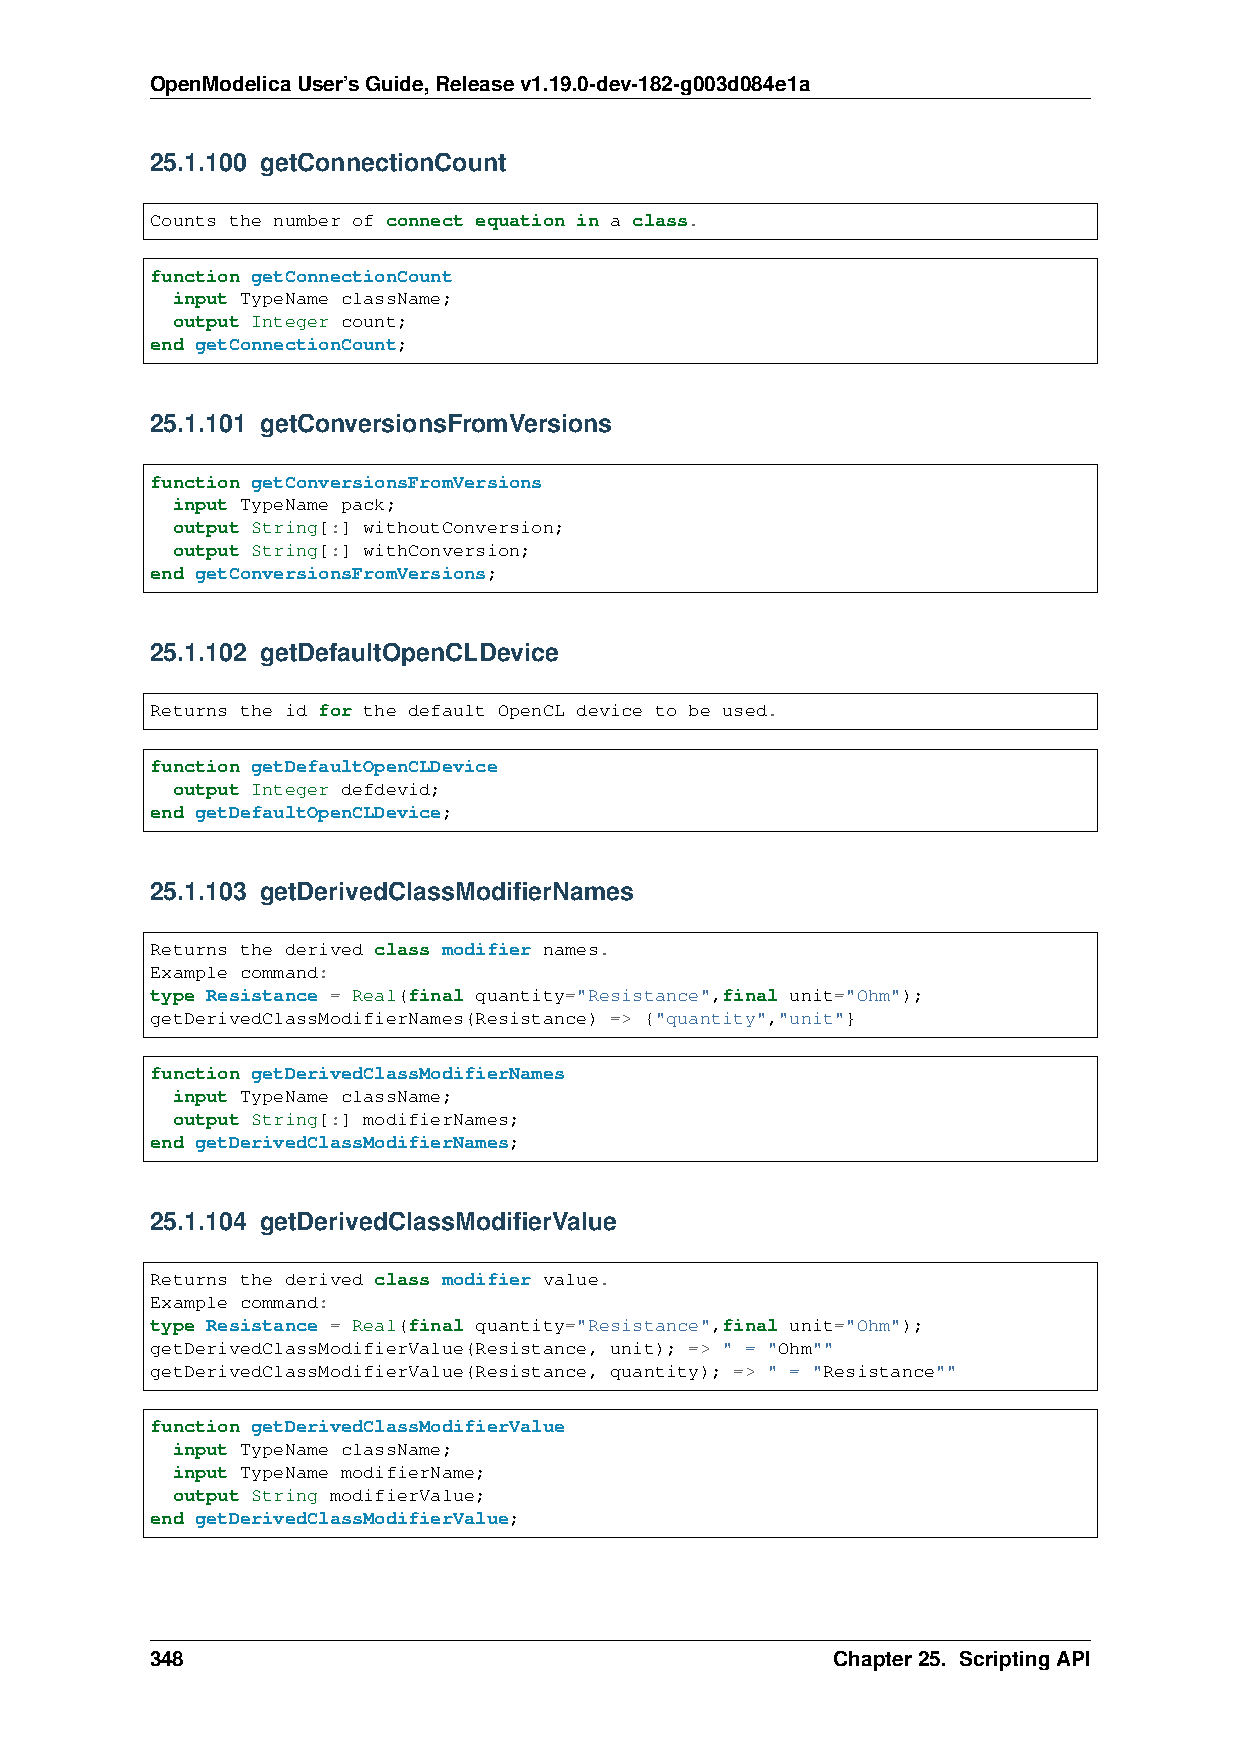
OpenModelicaUser’sGuide,Releasev1.19.0-dev-182-g003d084e1a
 25.1.100 getConnectionCount
 Counts the number of connect equation in a class.
 function getConnectionCount
 input TypeName className;
 output Integer count;
 end getConnectionCount;
 25.1.101 getConversionsFromVersions
 function getConversionsFromVersions
 input TypeName pack;
 output String[:] withoutConversion;
 output String[:] withConversion;
 end getConversionsFromVersions;
 25.1.102 getDefaultOpenCLDevice
 Returns the id for the default OpenCL device to be used.
 function getDefaultOpenCLDevice
 output Integer defdevid;
 end getDefaultOpenCLDevice;
 25.1.103 getDerivedClassModifierNames
 Returns the derived class modifier names.
 Example command:
 type Resistance = Real(final quantity="Resistance",final unit="Ohm");
 getDerivedClassModifierNames(Resistance) => {"quantity","unit"}
 function getDerivedClassModifierNames
 input TypeName className;
 output String[:] modifierNames;
 end getDerivedClassModifierNames;
 25.1.104 getDerivedClassModifierValue
 Returns the derived class modifier value.
 Example command:
 type Resistance = Real(final quantity="Resistance",final unit="Ohm");
 getDerivedClassModifierValue(Resistance, unit); => " = "Ohm""
 getDerivedClassModifierValue(Resistance, quantity); => " = "Resistance""
 function getDerivedClassModifierValue
 input TypeName className;
 input TypeName modifierName;
 output String modifierValue;
 end getDerivedClassModifierValue;
 348                                          Chapter25. ScriptingAPI